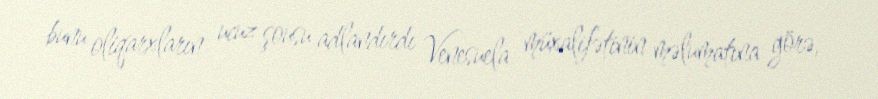
bunu oliqarxların ucuz şousu adlandırdı Venesuela müxalifətinin məlumatına görə,